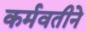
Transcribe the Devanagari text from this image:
कर्मवतीने